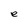
Character: e